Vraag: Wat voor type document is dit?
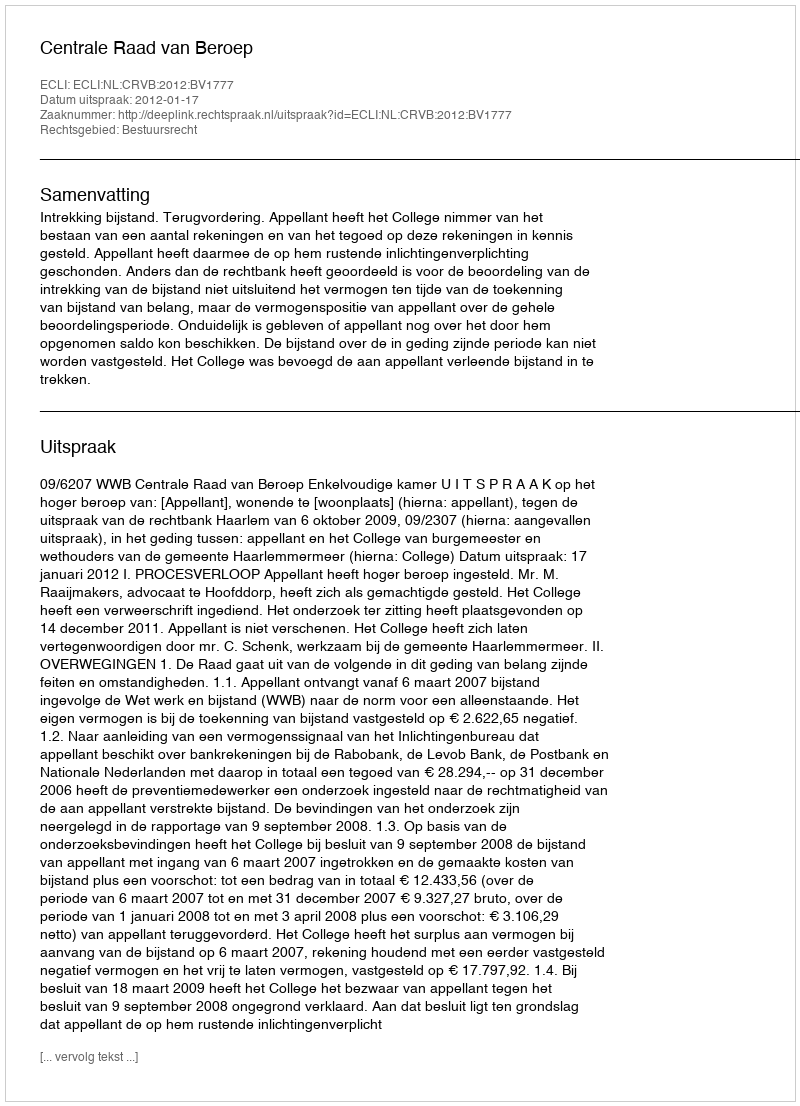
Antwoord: Uitspraak